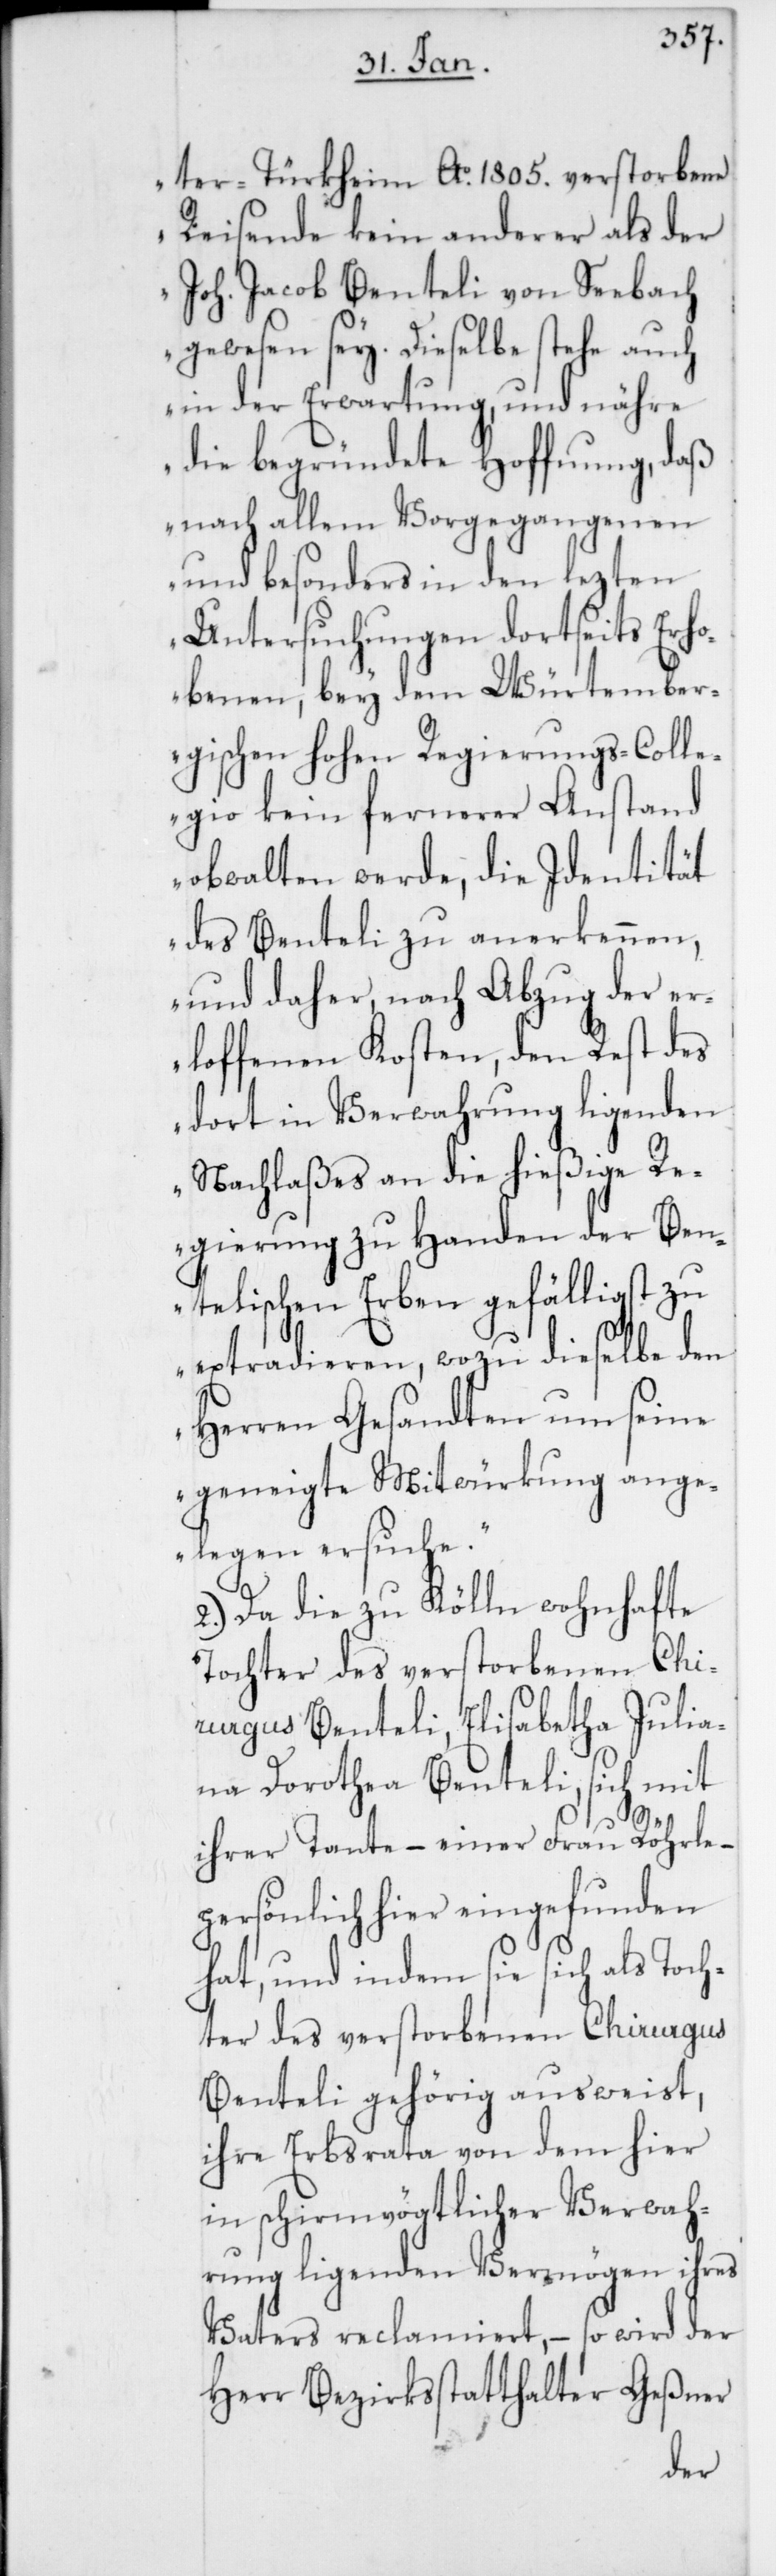
ter-Türkheim Ao. 1805. verstorbene
Reisende kein anderer als der
Joh. Jacob Benteli von Seebach
gewesen sey. Dieselbe stehe auch
in der Erwartung, und nähre
die begründete Hoffnung, daß
nach allem Vorgegangenen
und besonders in den lezten
Untersuchungen dortseits Erho¬
benen, bey dem Würtember¬
gischen Hohen Regierungs-Colle¬
gio kein fernerer Anstand
obwalten werde, die Identität
des Benteli zu anerkennen,
und daher, nach Abzug der er¬
loffenen Kosten, den Rest des
dort in Verwahrung ligenden
Nachlaßes an die hießige Re¬
gierung zu Handen der Ben¬
telischen Erben gefälligst zu
extradieren, wozu dieselbe den
Herren Gesandten um seine
geneigte Mitwürkung ange¬
legen ersuche“.
2.) Da die zu Kölln wohnhafte
Tochter des verstorbenen Chi¬
rurgus Benteli, Elisabetha Julia¬
na Dorothea Benteli, sich mit
ihrer Tante, – einer Frau Röhrle,
persönlich hier eingefunden
hat, und indem sie sich als Toc¬
hter des verstorbenen Chirurgus
Benteli gehörig ausweist,
ihre Erbsrata von dem hier
in schirmvögtlicher Verwah¬
rung liegenden Vermögen ihres
Vaters reclamiert, – so wird der
Herr Bezirksstatthalter Geßner